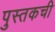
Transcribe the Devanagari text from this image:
पुस्तकची